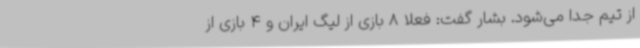
از تیم جدا می‌شود. بشار گفت: فعلا 8 بازی از لیگ ایران و 4 بازی از